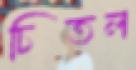
চিতল